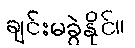
ချင်းမခွဲနိုင်။